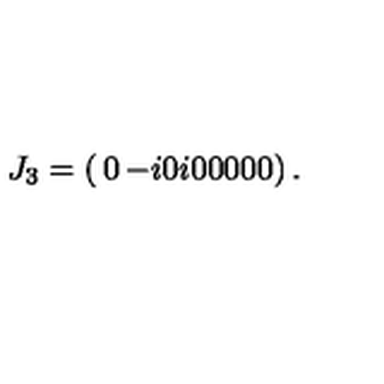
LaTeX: J _ { 3 } = \left( \begin{matrix} { 0 } & { - i } & { 0 } \\ { i } & { 0 } & { 0 } \\ { 0 } & { 0 } & { 0 } \\ \end{matrix} \right) .